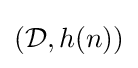
({\mathcal {D}},h(n))